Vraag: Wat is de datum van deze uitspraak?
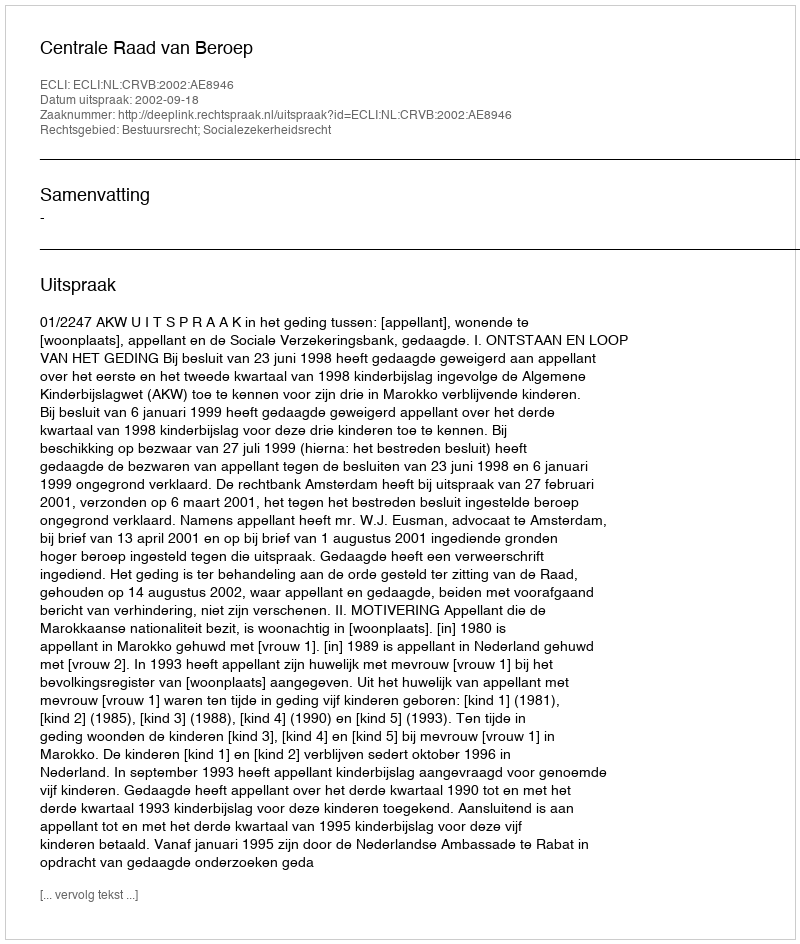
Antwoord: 2002-09-18